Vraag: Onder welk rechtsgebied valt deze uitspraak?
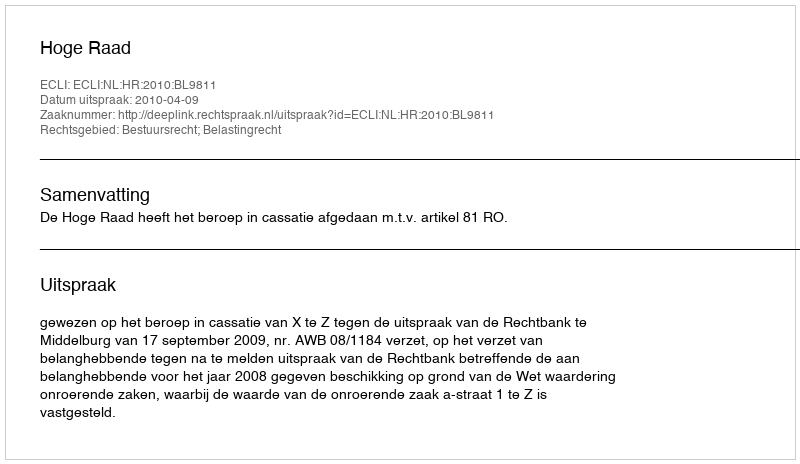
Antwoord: Bestuursrecht; Belastingrecht